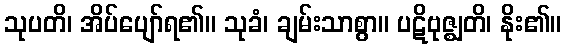
သုပတိ၊ အိပ်ပျော်ရ၏။ သုခံ၊ ချမ်းသာစွာ။ ပဋိဗုဇ္ဈတိ၊ နိုး၏။